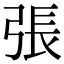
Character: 張